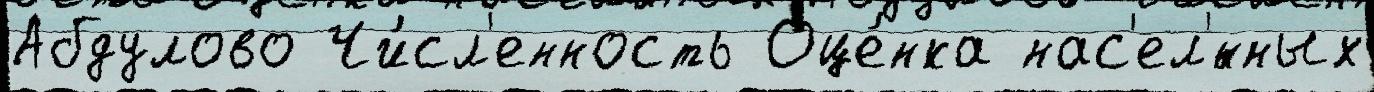
Абдулово Чи́сл'енность Оце́нка нас'ел'́нных